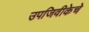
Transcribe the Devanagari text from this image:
उपजिवीकेचे